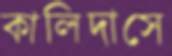
কালিদাসে